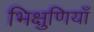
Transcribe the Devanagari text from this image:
भिक्षुणियाँ